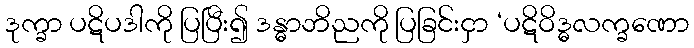
ဒုက္ခာ ပဋိပဒါကို ပြပြီး၍ ဒန္ဓာဘိညကို ပြခြင်းငှာ ‘ပဋိဝိဒ္ဓလက္ခဏော